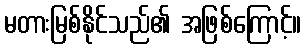
မတားမြစ်နိုင်သည်၏ အဖြစ်ကြောင့်။